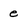
Character: e